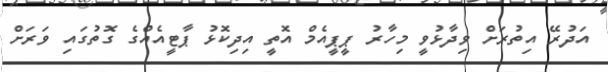
އަދުރޭ އިތުރަށް ވިދާޅުވީ މިހާރު ޕީޕީއެމް އޮތީ އިދިކޮޅު ޕާޓީއެއްގެ ގޮތުގައި ވަރަށް